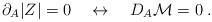
LaTeX: \begin{align*}\partial_A |Z |= 0 \quad\leftrightarrow\quad D_A{\cal M}=0\;.\end{align*}